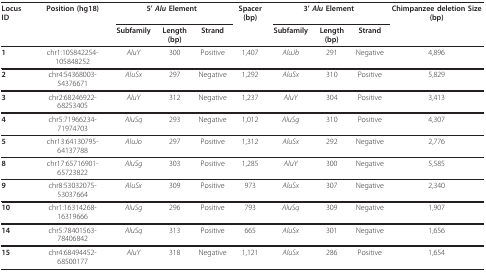
<table><thead><tr><td><b>Locus ID</b></td><td><b>Position (hg18)</b></td><td colspan="3"><b>5&#x27; <i>Alu </i>Element</b></td><td><b>Spacer (bp)</b></td><td colspan="3"><b>3&#x27; <i>Alu </i>Element</b></td><td><b>Chimpanzee deletion Size (bp)</b></td></tr><tr><td></td><td></td><td><b>Subfamily</b></td><td><b>Length (bp)</b></td><td><b>Strand</b></td><td></td><td><b>Subfamily</b></td><td><b>Length (bp)</b></td><td><b>Strand</b></td><td></td></tr></thead><tbody><tr><td><b>1</b></td><td>chr1:105842254-105848252</td><td><i>AluY</i></td><td>300</td><td>Positive</td><td>1,407</td><td><i>AluJb</i></td><td>291</td><td>Negative</td><td>4,896</td></tr><tr><td><b>2</b></td><td>chr4:54368003-54376671</td><td><i>AluSx</i></td><td>297</td><td>Negative</td><td>1,292</td><td><i>AluSx</i></td><td>310</td><td>Positive</td><td>5,829</td></tr><tr><td><b>3</b></td><td>chr2:68246922-68253405</td><td><i>AluY</i></td><td>312</td><td>Negative</td><td>1,237</td><td><i>AluY</i></td><td>304</td><td>Positive</td><td>3,413</td></tr><tr><td><b>4</b></td><td>chr5:71966234-71974703</td><td><i>AluSq</i></td><td>293</td><td>Negative</td><td>1,012</td><td><i>AluSg</i></td><td>310</td><td>Positive</td><td>4,307</td></tr><tr><td><b>5</b></td><td>chr13:64130795-64137788</td><td><i>AluJo</i></td><td>297</td><td>Positive</td><td>1,312</td><td><i>AluSx</i></td><td>292</td><td>Negative</td><td>2,776</td></tr><tr><td><b>8</b></td><td>chr17:65716901-65723822</td><td><i>AluSg</i></td><td>303</td><td>Positive</td><td>1,285</td><td><i>AluY</i></td><td>300</td><td>Negative</td><td>5,585</td></tr><tr><td><b>9</b></td><td>chr8:53032075-53037664</td><td><i>AluSx</i></td><td>309</td><td>Positive</td><td>973</td><td><i>AluSx</i></td><td>307</td><td>Negative</td><td>2,340</td></tr><tr><td><b>10</b></td><td>chr1:16314268-16319666</td><td><i>AluSg</i></td><td>296</td><td>Positive</td><td>793</td><td><i>AluSq</i></td><td>309</td><td>Negative</td><td>1,907</td></tr><tr><td><b>14</b></td><td>chr5:78401563-78406842</td><td><i>AluSq</i></td><td>313</td><td>Positive</td><td>665</td><td><i>AluSx</i></td><td>301</td><td>Negative</td><td>1,656</td></tr><tr><td><b>15</b></td><td>chr4:68494452-68500177</td><td><i>AluY</i></td><td>318</td><td>Negative</td><td>1,121</td><td><i>AluSx</i></td><td>286</td><td>Positive</td><td>1,654</td></tr></tbody></table>